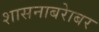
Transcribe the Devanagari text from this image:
शासनाबरेाबर